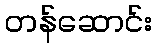
တန်ဆောင်း